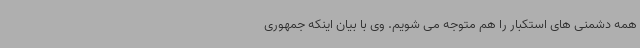
همه دشمنی های استکبار را هم متوجه می شویم. وی با بیان اینکه جمهوری